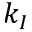
k _ { I }